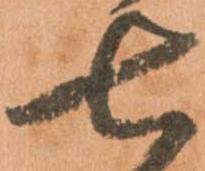
七